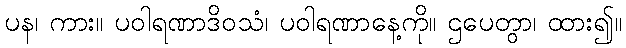
ပန၊ ကား။ ပဝါရဏာဒိဝသံ၊ ပဝါရဏာနေ့ကို။ ဌပေတွာ၊ ထား၍။